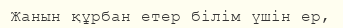
Жанын құрбан етер білім үшін ер,